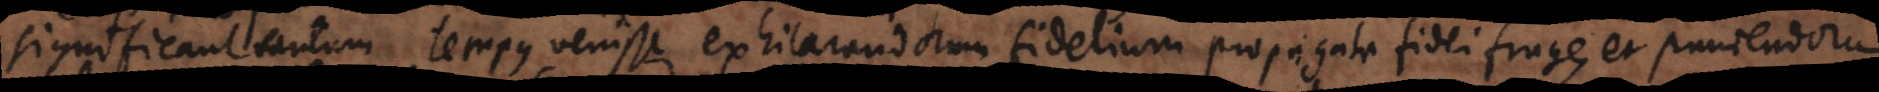
significant tantum tempus venisse exhilarandorum fidelium propagata fidei fruge, et puniendorum